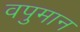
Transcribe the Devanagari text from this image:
वपुमान